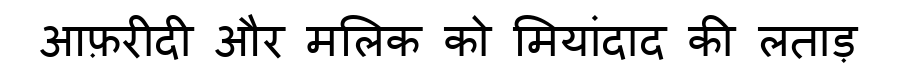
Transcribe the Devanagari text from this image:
आफ़रीदी और मलिक को मियांदाद की लताड़